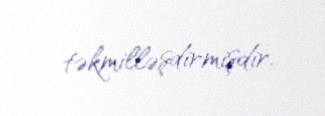
təkmilləşdirmişdir.